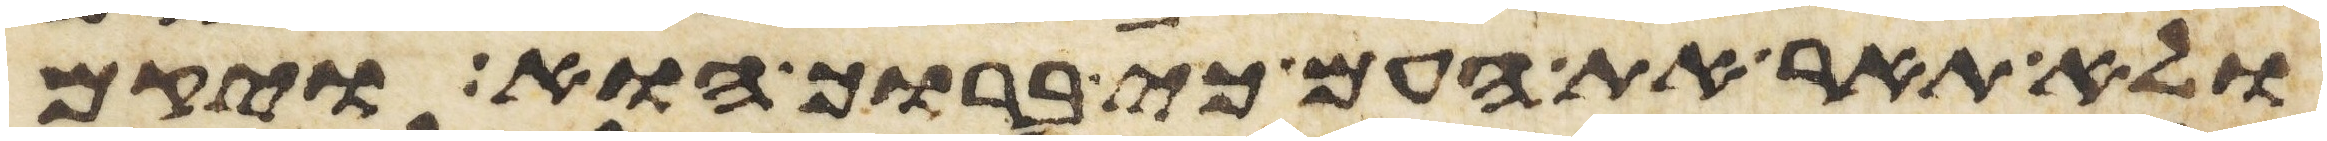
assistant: ולא תאר את העם כי ברוך הוא ויקם